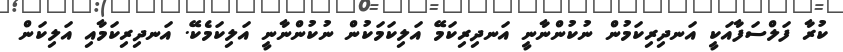
ކުރާ ފަލްސަފާއަކީ އަނދިރިކަމުން ނުކުންނާނީ އަނދިރިކަމޭ އަލިކަމަކުން ނުކުންނާނީ އަލިކަމެކޭ. އަނދިރިކަމާއި އަލިކަން